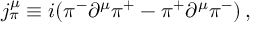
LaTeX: j _ { \pi } ^ { \mu } \equiv i ( \pi ^ { - } \partial ^ { \mu } \pi ^ { + } - \pi ^ { + } \partial ^ { \mu } \pi ^ { - } ) \, ,